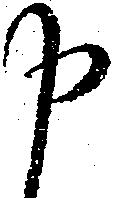
申